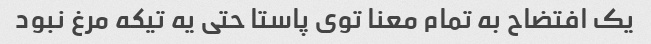
یک افتضاح به تمام معنا توی پاستا حتی یه تیکه مرغ نبود